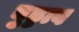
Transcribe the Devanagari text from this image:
बुड्डाव